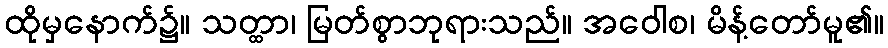
ထိုမှနောက်၌။ သတ္ထာ၊ မြတ်စွာဘုရားသည်။ အဝေါစ၊ မိန့်တော်မူ၏။